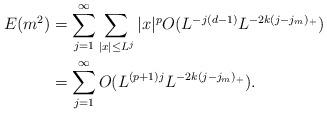
LaTeX: \begin{align*}E(m^2)&= \sum_{j=1}^\infty \sum_{|x|\leq L^j} |x|^p O(L^{-j (d - 1)}L^{-2k(j-j_m)_+})\\&= \sum_{j=1}^\infty O(L^{(p+1)j}L^{-2k(j-j_m)_+}).\end{align*}